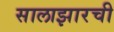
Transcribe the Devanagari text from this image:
सालाझारची